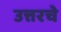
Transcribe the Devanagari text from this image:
उत्तरचे